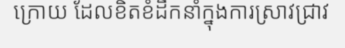
ក្រោយ ដែលខិតខំដឹកនាំក្នុងការស្រាវជ្រាវ